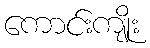
ကောင်းကျိုး